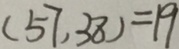
( 5 7 , 3 8 ) = 1 9